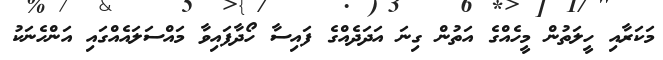
މަކަރާއި ހީލަތުން މީހެއްގެ އަތުން ގިނަ އަދަދެއްގެ ފައިސާ ހޯދާފައިވާ މައްސަލައެއްގައި އަންހެނަކު